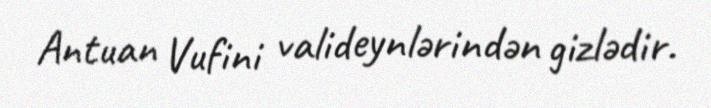
Antuan Vufini valideynlərindən gizlədir.